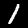
Label: 1